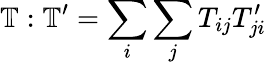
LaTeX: \mathbb{T}:\mathbb{T^{\prime}}=\sum_{i}\sum_{j}T_{ij}T_{ji}^{\prime}